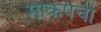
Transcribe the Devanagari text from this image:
माकपची